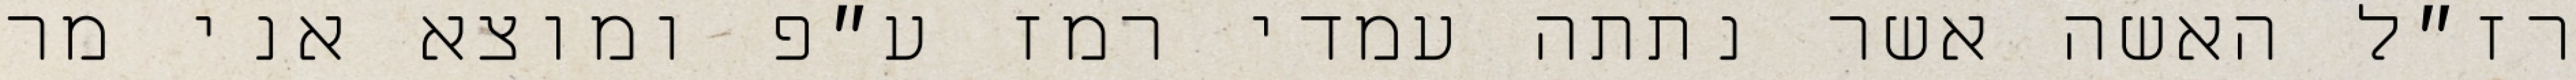
רז״ל האשה אשר נתתה עמדי רמז ע״פ ומוצא אני מר